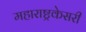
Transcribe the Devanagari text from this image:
महाराष्ट्रकेसरी